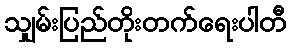
သျှမ်းပြည်တိုးတက်ရေးပါတီ